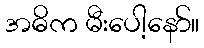
အဓိက မီးပေါ့နော်။